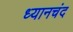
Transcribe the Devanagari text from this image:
ध्‍यानचंद